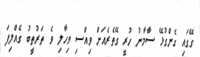
ގޭގައި ގެންގުޅޭ ސާމާނު ހުރީ ގޭތެރެއަށް ވިއްސި ވިހާލި ވެ ތަރުތީބު ގެއްލިފަ